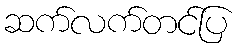
ဆက်လက်တင်ပြ